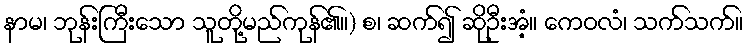
နာမ၊ ဘုန်းကြီးသော သူတို့မည်ကုန်၏။) စ၊ ဆက်၍ ဆိုဦးအံ့။ ကေဝလံ၊ သက်သက်။